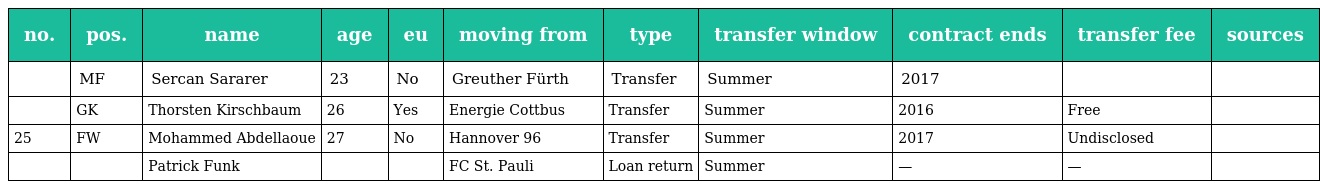
| no. | pos. | name | age | eu | moving from | type | transfer window | contract ends | transfer fee | sources |
 | --- | --- | --- | --- | --- | --- | --- | --- | --- | --- | --- |
 |  | MF | Sercan Sararer | 23 | No | Greuther Fürth | Transfer | Summer | 2017 |  |  |
 |  | GK | Thorsten Kirschbaum | 26 | Yes | Energie Cottbus | Transfer | Summer | 2016 | Free |  |
 | 25 | FW | Mohammed Abdellaoue | 27 | No | Hannover 96 | Transfer | Summer | 2017 | Undisclosed |  |
 |  |  | Patrick Funk |  |  | FC St. Pauli | Loan return | Summer | — | — |  |